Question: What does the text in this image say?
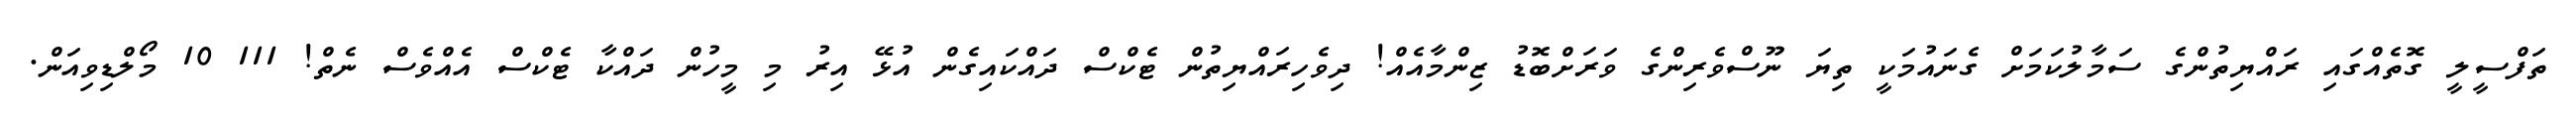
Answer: ތަފްސީލީ ގޮތެއްގައި ރައްޔިތުންގެ ސަމާލުކަމަށް ގެނައުމަކީ ތިޔަ ނޫސްވެރިންގެ ވަރަށްބޮޑު ޒިންމާއެއް! ދިވެހިރައްޔިތުން ޓެކްސް ދައްކައިގެން އުޅޭ އިރު މި މީހުން ދައްކާ ޓެކްސް އެއްވެސް ނެތް! 111 10 މޯލްޑިވިއަން.